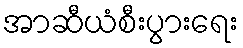
အာဆီယံစီးပွားရေး